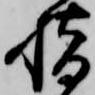
指